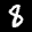
Label: 8